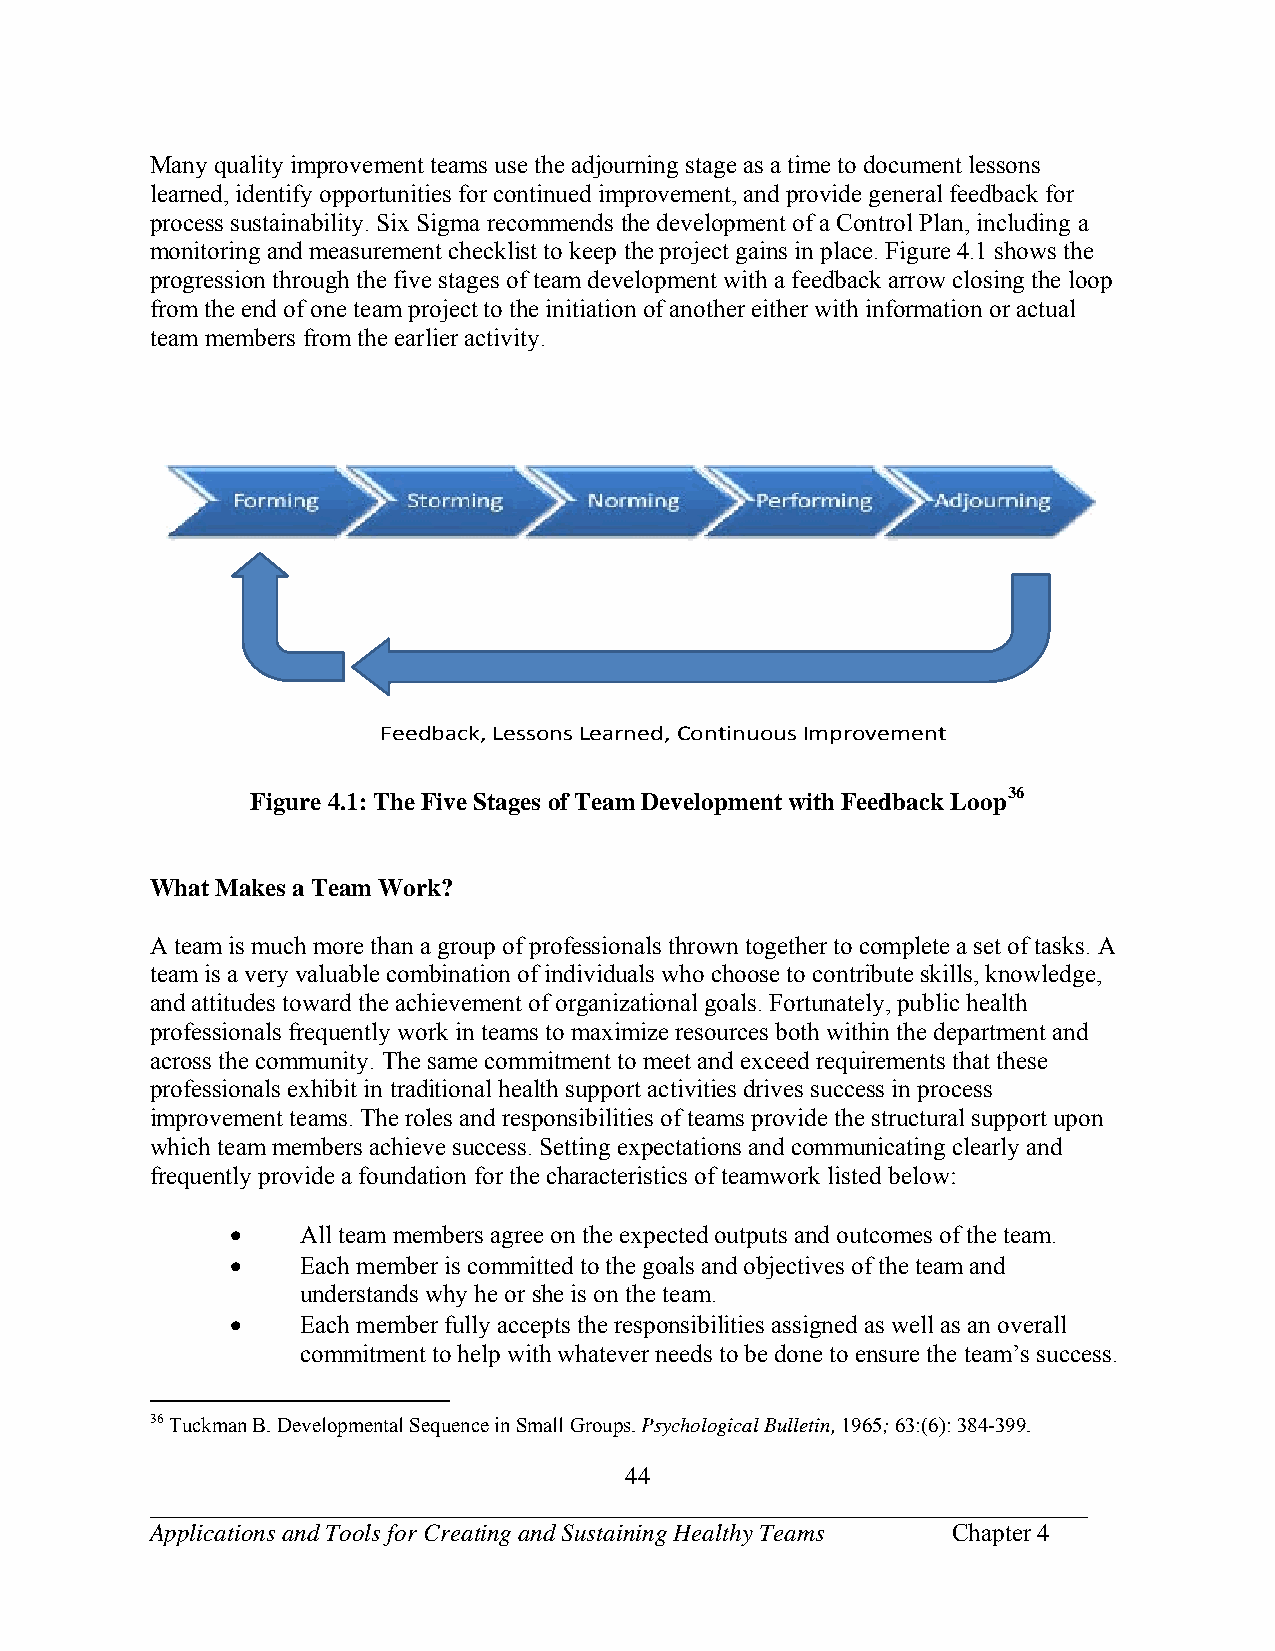
Many quality improvement teams use the adjourning stage as a time to document lessons
 learned, identify opportunities for continued improvement, and provide general feedback for
 process sustainability. Six Sigma recommends the development of a Control Plan, including a
 monitoring and measurement checklist to keep the project gains in place. Figure 4.1 shows the
 progression through the five stages of team development with a feedback arrow closing the loop
 from the end of one team project to the initiation of another either with information or actual
 team members from the earlier activity.
 FFeeeeddbbaacckk,, LLeessssoonnss LLeeaarrnneedd,, CCoonnttiinnuuoouuss IImmpprroovveemmeenntt
 Figure 4.1: The Five Stages of Team Development with Feedback Loop36
 What Makes a Team Work?
 A team is much more than a group of professionals thrown together to complete a set of tasks. A
 team is a very valuable combination of individuals who choose to contribute skills, knowledge,
 and attitudes toward the achievement of organizational goals. Fortunately, public health
 professionals frequently work in teams to maximize resources both within the department and
 across the community. The same commitment to meet and exceed requirements that these
 professionals exhibit in traditional health support activities drives success in process
 improvement teams. The roles and responsibilities of teams provide the structural support upon
 which team members achieve success. Setting expectations and communicating clearly and
 frequently provide a foundation for the characteristics of teamwork listed below:
     All team members agree on the expected outputs and outcomes of the team.
     Each member is committed to the goals and objectives of the team and
 understands why he or she is on the team.
     Each member fully accepts the responsibilities assigned as well as an overall
 commitment to help with whatever needs to be done to ensure the team’s success.
 36 Tuckman B. Developmental Sequence in Small Groups. Psychological Bulletin, 1965; 63:(6): 384-399.
 44
 ___________________________________________________________________________
 Applications and Tools for Creating and Sustaining Healthy Teams Chapter 4